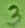
Text: 3